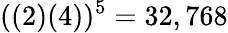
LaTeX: ((2)(4))^{5}=32,768